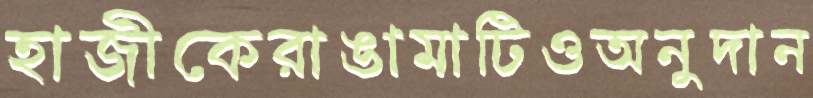
হাজীকেরাঙামাটিওঅনুদান